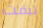
تبقت